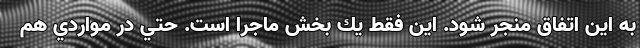
به اين اتفاق منجر شود. اين فقط يك بخش ماجرا است. حتي در مواردي هم